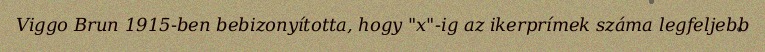
Viggo Brun 1915-ben bebizonyította, hogy "x"-ig az ikerprímek száma legfeljebb